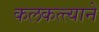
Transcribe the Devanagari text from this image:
कलकत्त्याने